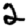
Digit: 2